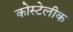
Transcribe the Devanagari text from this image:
कोस्टेलीक